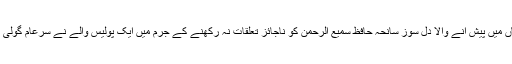
عید کے روز کھڈیاں میں پیش آنے والا دل سوز سانحہ حافظ سمیع الرحمن کو ناجائز تعلقات نہ رکھنے کے جرم میں ایک پولیس والے نے سرعام گولی مار کر شہید کردیا۔